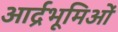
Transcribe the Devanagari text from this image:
आर्द्रभूमिओं